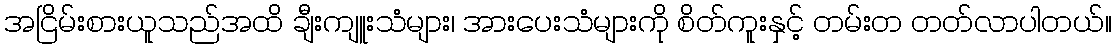
အငြိမ်းစားယူသည်အထိ ချီးကျူးသံများ၊ အားပေးသံများကို စိတ်ကူးနှင့် တမ်းတ တတ်လာပါတယ်။